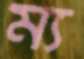
ম্য